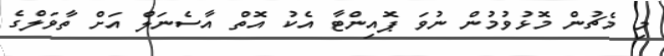
މި މެޗުން މޮޅުވުމުން ނުވަ ޕޮއިންޓާ އެކު އޮތް އާސެނަލް އަށް ތާވަލްގެ